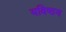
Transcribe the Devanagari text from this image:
यविष्ठय